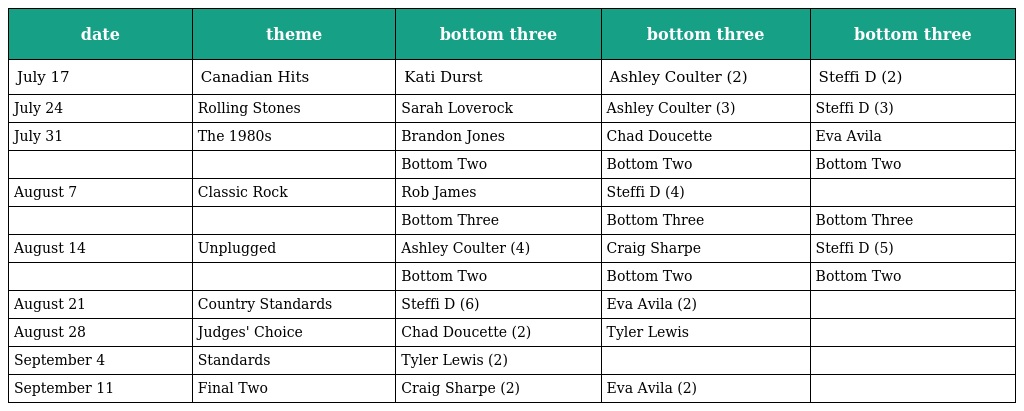
| date | theme | bottom three | bottom three | bottom three |
 | --- | --- | --- | --- | --- |
 | July 17 | Canadian Hits | Kati Durst | Ashley Coulter (2) | Steffi D (2) |
 | July 24 | Rolling Stones | Sarah Loverock | Ashley Coulter (3) | Steffi D (3) |
 | July 31 | The 1980s | Brandon Jones | Chad Doucette | Eva Avila |
 |  |  | Bottom Two | Bottom Two | Bottom Two |
 | August 7 | Classic Rock | Rob James | Steffi D (4) |  |
 |  |  | Bottom Three | Bottom Three | Bottom Three |
 | August 14 | Unplugged | Ashley Coulter (4) | Craig Sharpe | Steffi D (5) |
 |  |  | Bottom Two | Bottom Two | Bottom Two |
 | August 21 | Country Standards | Steffi D (6) | Eva Avila (2) |  |
 | August 28 | Judges' Choice | Chad Doucette (2) | Tyler Lewis |  |
 | September 4 | Standards | Tyler Lewis (2) |  |  |
 | September 11 | Final Two | Craig Sharpe (2) | Eva Avila (2) |  |